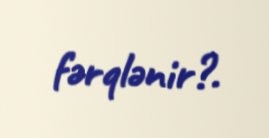
fərqlənir?.